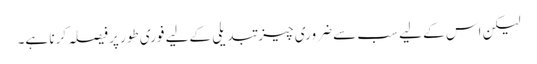
لیکن اس کے لیے سب سے ضروری چیز تبدیلی کےلیے فوری طور پر فیصلہ کرنا ہے۔